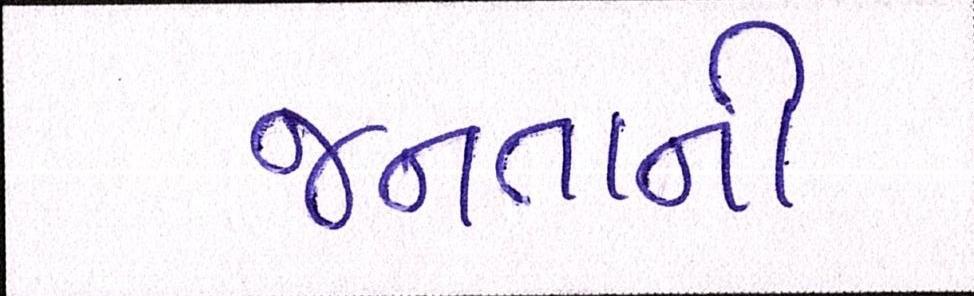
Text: જનતાની